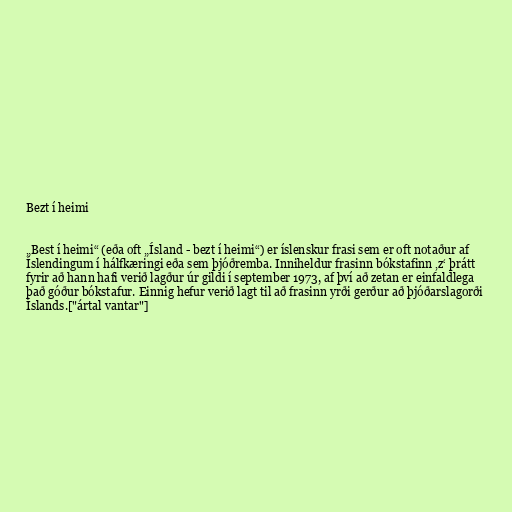
Bezt í heimi

„Best í heimi“ (eða oft „Ísland - bezt í heimi“) er íslenskur frasi sem er oft notaður af
Íslendingum í hálfkæringi eða sem þjóðremba. Inniheldur frasinn bókstafinn ‚z‘ þrátt
fyrir að hann hafi verið lagður úr gildi í september 1973, af því að zetan er einfaldlega
það góður bókstafur. Einnig hefur verið lagt til að frasinn yrði gerður að þjóðarslagorði
Íslands.["ártal vantar"]